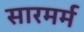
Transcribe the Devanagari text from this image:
सारमर्म